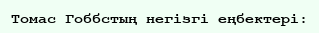
Томас Гоббстың негізгі еңбектері: